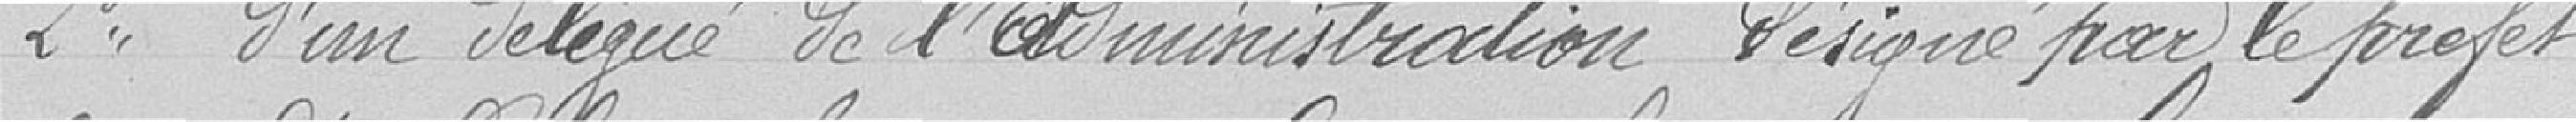
Deuxièmement : d'un délégué de l'administration, désigné par le Préfet